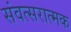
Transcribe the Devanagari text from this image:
संवत्सरात्मक